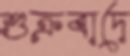
শুক্রবাদে